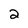
Character: 2